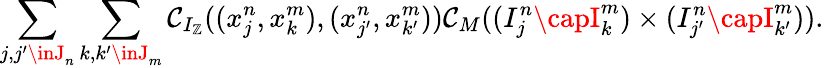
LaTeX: \sum_{j,j^{\prime}\inJ_{n}}\sum_{k,k^{\prime}\inJ_{m}}\mathcal{C}_{I_{\mathbb{Z}}}((x_{j}^{n},x_{k}^{m}),(x_{j^{\prime}}^{n},x_{k^{\prime}}^{m}))\mathcal{C}_{M}((I_{j}^{n}\capI_{k}^{m})\times(I_{j^{\prime}}^{n}\capI_{k^{\prime}}^{m})).